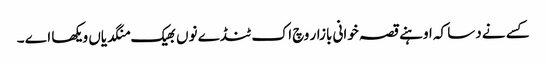
کسے نے دسا کہ اوہنے قصہ خوانی بازار وچ اک ٹنڈے نوں بھیک منگدیاں ویکھا اے ۔